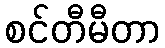
စင်တီမီတာ